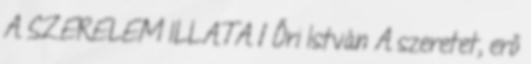
A SZERELEM ILLATA 1 Őri István A szeretet, erő